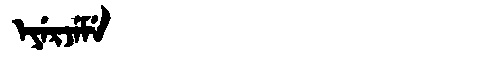
Manchu: ᡝᠶᡝᡵᠵᡝᠮᡝ
Romanization: EYERJEME